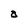
Character: a